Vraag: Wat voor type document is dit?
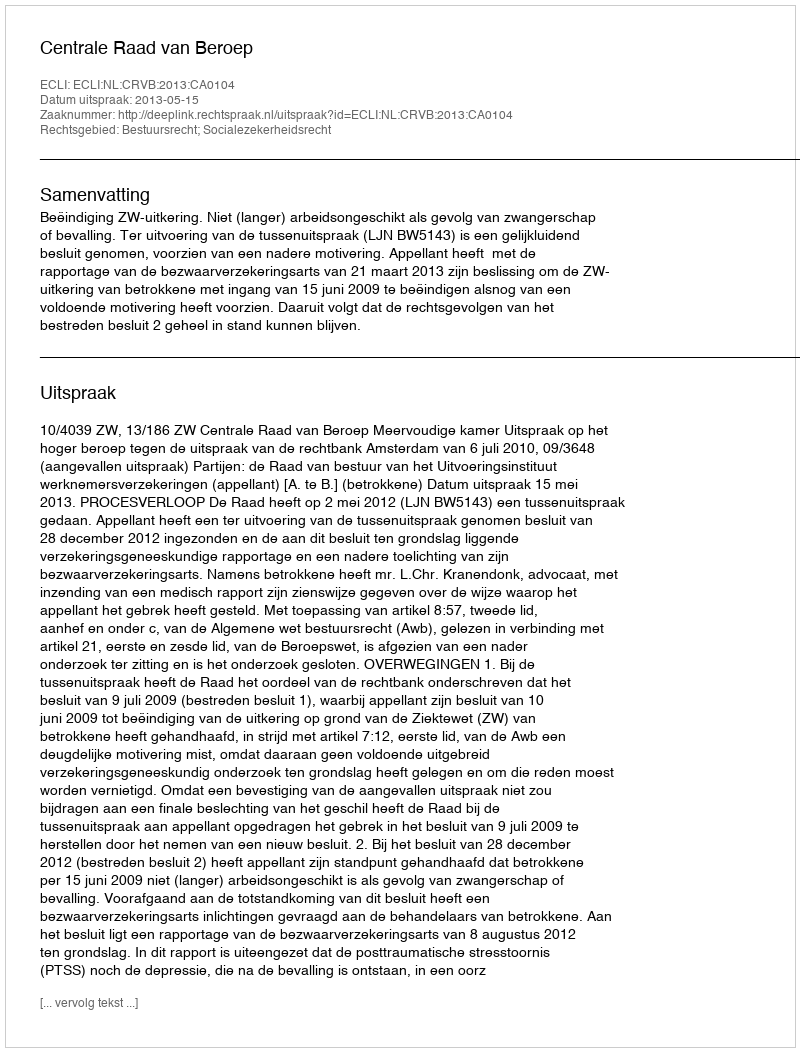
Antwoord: Uitspraak